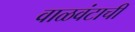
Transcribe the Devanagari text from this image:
वाळवंटाची